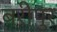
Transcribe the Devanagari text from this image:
बरीपुर